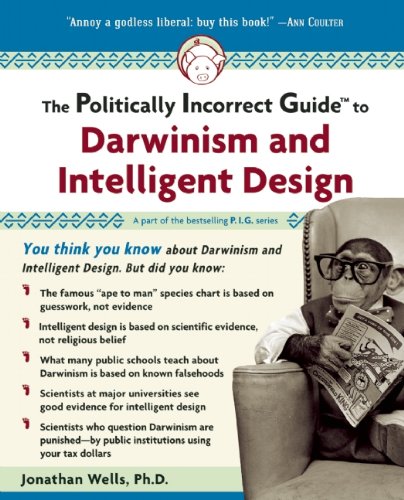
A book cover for The Politically Incorrect Guide to Darwinism and Intelligent Design; Jonathan Wells; Christian Books & Bibles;